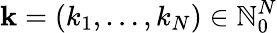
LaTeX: \mathbf{k}=(k_{1},\ldots,k_{N})\in\mathbb{N}_{0}^{N}